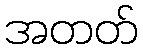
အတတ်